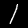
Label: 1